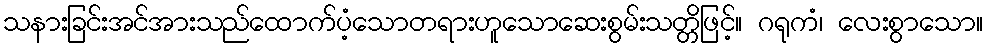
သနားခြင်းအင်အားသည်ထောက်ပံ့သောတရားဟူသောဆေးစွမ်းသတ္တိဖြင့်။ ဂရုကံ၊ လေးစွာသော။